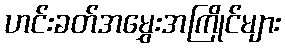
ဟင်းခတ်အမွှေးအကြိုင်များ